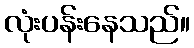
လုံးပန်းနေသည်။